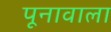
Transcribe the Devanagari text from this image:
पूनावाला